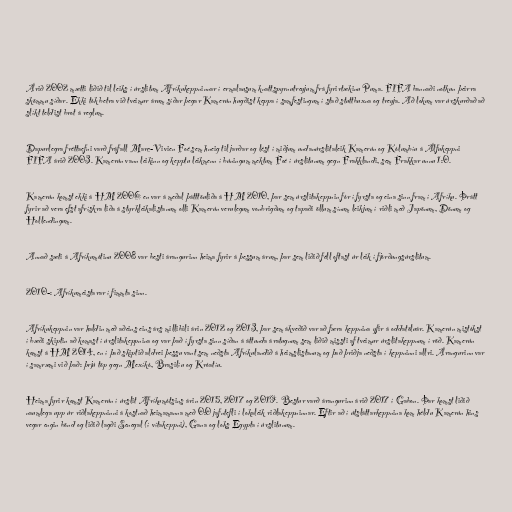
Árið 2002 mætti liðið til leiks í úrslitum Afríkukeppninnar í ermalausum knattspyrnutreyjum frá fyrirtækinu Puma. FIFA bannaði notkun þeirra
skömmu síðar. Ekki tók betra við tveimur árum síðar þegar Kamerún hugðist keppa í samfestingum í stað stuttbuxna og treyja. Að lokum var úrskurðað að
slíkt teldist brot á reglum.

Dapurlegra fréttaefni varð fráfall Marc-Vivien Foé sem hneig til jarðar og lést í miðjum undanúrslitaleik Kamerún og Kólumbíu á Álfukeppni
FIFA árið 2003. Kamerún vann leikinn og kepptu leikmenn í búningum mektum Foé í úrslitunum gegn Frakklandi, sem Frakkar unnu 1:0.

Kamerún komst ekki á HM 2006 en var á meðal þátttöuliða á HM 2010, þar sem úrslitakeppnin fór í fyrsta og eina sinn fram í Afríku. Þrátt
fyrir að vera efst afrískra liða á styrkleikalistanum olli Kamerún verulegum vonbrigðum og tapaði öllum sínum leikjum í riðli með Japönum, Dönum og
Hollendingum.

Annað sæti á Afríkumótinu 2008 var besti árangurinn heima fyrir á þessum árum, þar sem liðið féll oftast úr leik í fjórðungsúrslitum.

2010-: Afríkumeistarar í fimmta sinn.

Afríkukeppnin var haldin með aðeins eins árs millibili árin 2012 og 2013, þar sem ákveðið var að færa keppnina yfir á oddatöluár. Kamerún mistókst
í bæði skiptin að komast í úrslitakeppnina og var það í fyrsta sinn síðan á áttunda áratugnum sem liðið missti af tveimur úrslitakeppnum í röð. Kamerún
komst á HM 2014, en í það skiptið aldrei þessu vant sem neðsta Afríkulandið á heimslistanum og það þriðja neðsta í keppninni allri. Árangurinn var
í samræmi við það: þrjú töp gegn Mexíkó, Brasilíu og Króatíu.

Heima fyrir komst Kamerún í úrslit Afríkumótsins árin 2015, 2017 og 2019. Bestur varð árangurinn árið 2017 í Gabon. Þar komst liðið
naumlega upp úr riðlakeppninni á kostnað heimamanna með 0:0 jafntefli í lokaleik riðlakeppninnar. Eftir að í útsláttarkeppnina kom héldu Kamerún hins
vegar engin bönd og liðið lagði Senegal (í vítakeppni), Gana og loks Egypta í úrslitunum.